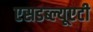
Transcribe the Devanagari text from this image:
एसडब्ल्यूएटी